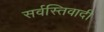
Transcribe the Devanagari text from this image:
सर्वस्तिवादी